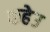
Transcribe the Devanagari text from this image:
कहेउ